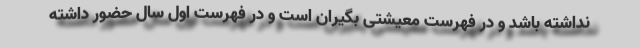
نداشته باشد و در فهرست معیشتی بگیران است و در فهرست اول سال حضور داشته